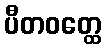
ပီတဝတ္ထေ